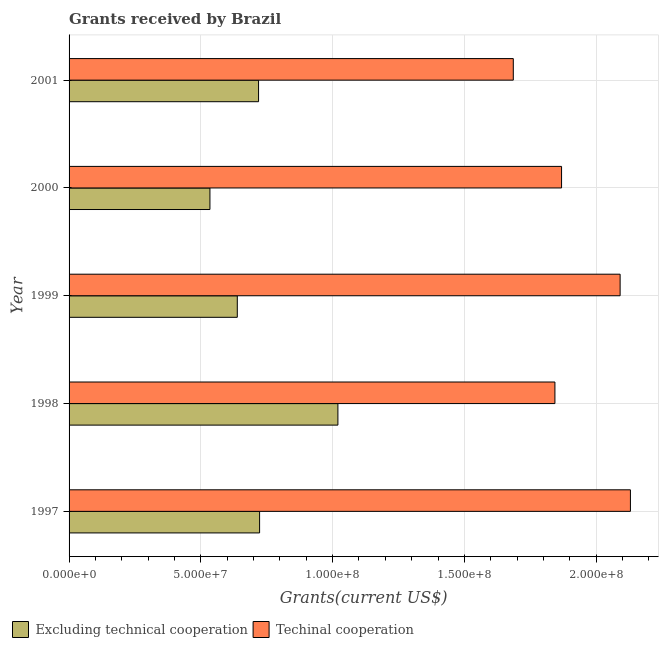
| Year | Excluding technical cooperation | Techinal cooperation |
 | --- | --- | --- |
 | 1997 | 7.23e+07 | 2.13e+08 |
 | 1998 | 1.02e+08 | 1.84e+08 |
 | 1999 | 6.38e+07 | 2.09e+08 |
 | 2000 | 5.34e+07 | 1.87e+08 |
 | 2001 | 7.19e+07 | 1.69e+08 |